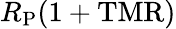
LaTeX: R_{\mathrm{P}}\mathrm{(1+TMR)}